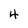
Character: 4